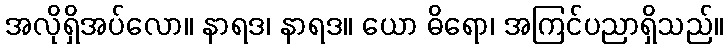
အလိုရှိအပ်လော။ နာရဒ၊ နာရဒ။ ယော ဓိရော၊ အကြင်ပညာရှိသည်။